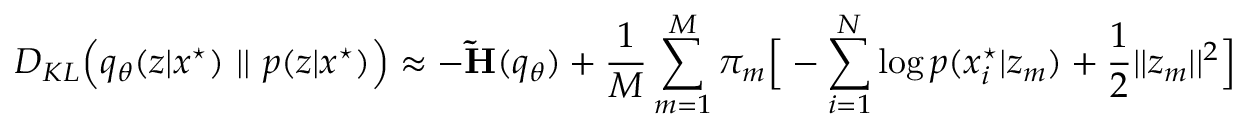
D _ { K L } \Big ( q _ { \theta } ( z | x ^ { \star } ) \ | | \ p ( z | x ^ { \star } ) \Big ) \approx - \mathbf { \Tilde { H } } ( q _ { \theta } ) + \frac { 1 } { M } \sum _ { m = 1 } ^ { M } \pi _ { m } \Big [ - \sum _ { i = 1 } ^ { N } \log p ( x _ { i } ^ { \star } | z _ { m } ) + \frac { 1 } { 2 } | | z _ { m } | | ^ { 2 } \Big ]